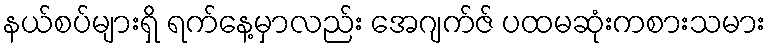
နယ်စပ်များရှိ ရက်နေ့မှာလည်း အေဂျက်ဇ် ပထမဆုံးကစားသမား